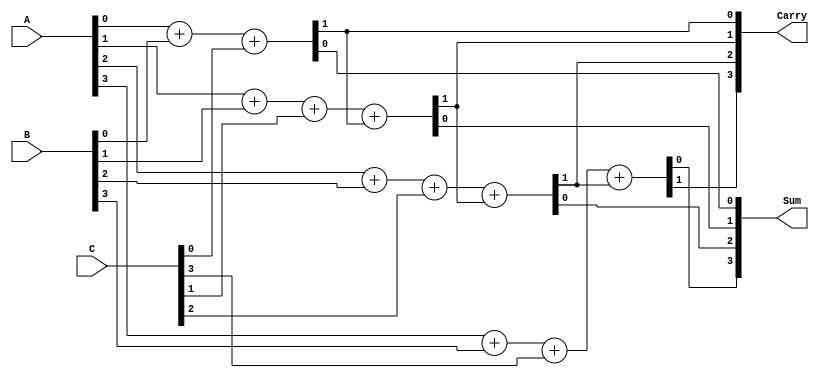
module Dynamic_Carry_Save_Adder (
    input [N-1:0] A,      // First operand
    input [N-1:0] B,      // Second operand
    input [N-1:0] C,      // Third operand
    output [N-1:0] Sum,    // Sum output
    output [N:0] Carry     // Carry output (N+1 bits)
);
    parameter N = 4; // Bit-width of the inputs

    wire [N-1:0] sum_temp; // Intermediate sum outputs
    wire [N:0] carry_temp; // Intermediate carry outputs

    genvar i;
    generate
        for (i = 0; i < N; i = i + 1) begin : CSA_FullAdder
            if (i == 0) begin
                // For the least significant bit
                assign {carry_temp[i], sum_temp[i]} = A[i] + B[i] + C[i];
            end else begin
                // For other bits
                assign {carry_temp[i], sum_temp[i]} = A[i] + B[i] + C[i] + carry_temp[i-1];
            end
        end
    endgenerate

    // Final carry output
    assign Carry = carry_temp;

    // Final sum output (excluding the final carry)
    assign Sum = sum_temp;

endmodule